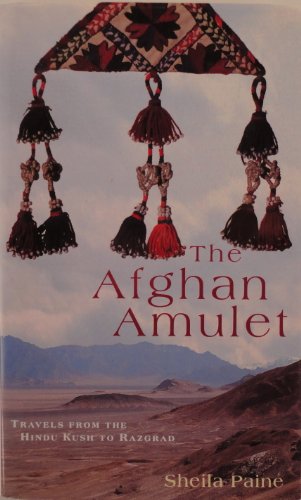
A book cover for The Afghan Amulet: Travels from the Hindu Kush to Razgrad; Sheila Paine; Travel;